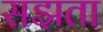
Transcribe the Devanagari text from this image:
सझता